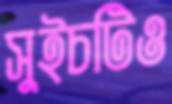
সুইচটিও